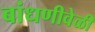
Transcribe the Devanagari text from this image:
बांधणीवेळी